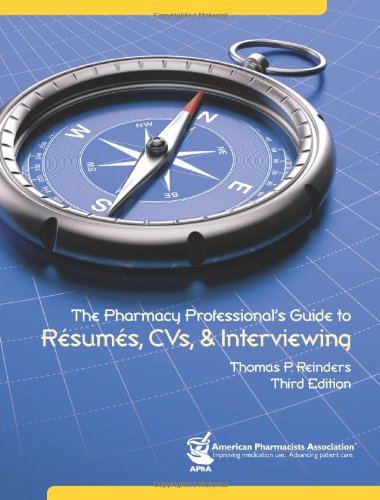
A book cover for The Pharmacy Professional's Guide to Resumes and CV's and Interviewing (Reinders, The Pharmacy Professional's Guide to Resumes, CVs & Interviewing); Thomas P. Reinders; Business & Money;